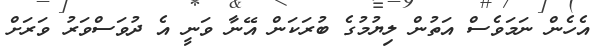
އެހެން ނަމަވެސް އަތުން ލިޔުމުގެ ބުރަކަން އޭނާ ވަނީ އެ ދުވަސްވަރު ވަރަށް